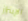
الإبتزاز